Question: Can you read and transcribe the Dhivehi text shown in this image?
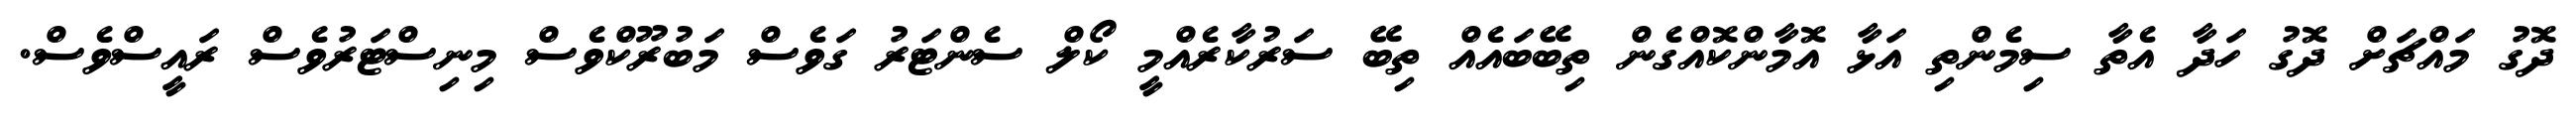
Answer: ދޮގު މައްޗަށް ދޮގު ހަދާ އެތާ ސިމެންތި އަޅާ އޮމާންކޮއްގެން ތިބޭބައެއް ތިބޭ ސަރުކާރެއްމީ ކޯލް ސެންޓަރު ގަވެސް މަބުރޫކްވެސް މިނިސްޓަރުވެސް ރައީސްވެސް.